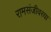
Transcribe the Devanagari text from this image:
रामसंजीवरया